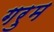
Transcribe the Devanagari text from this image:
गरुम